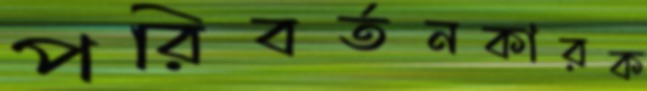
পরিবর্তনকারক